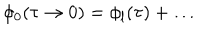
\phi _ { 0 } ( \tau \to 0 ) = \phi _ { \mathrm { l } } ( \tau ) + \ldots